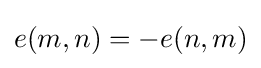
e(m,n)=-e(n,m)